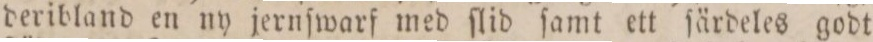
deribland en ny jernſwarf med ſlid ſamt ett ſärdeles godt